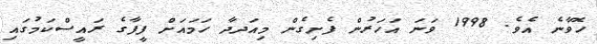
ހޮވާނެ އެވެ. 1998 ވަނަ އަހަރުން ފެށިގެން މިއަދދާ ހަމައަށް ފީފާގެ ރައީސްކަމުގައި